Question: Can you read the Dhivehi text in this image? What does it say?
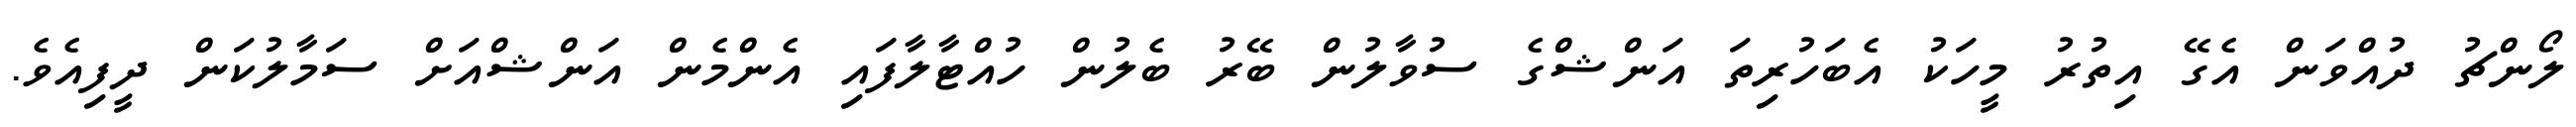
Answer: ލޯންޗު ދުއްވަން އެގޭ އިތުރު މީހަކު އެބަހުރިތަ އަންޝްގެ ސުވާލުން ބޭރު ބެލުން ހުއްޓާލާފައި އެންމެން އަންޝްއަށް ސަމާލުކަން ދީފިއެވެ.